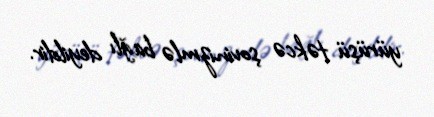
yürüşü təkcə şovinizmlə bağlı deyildir.